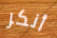
أنكر